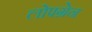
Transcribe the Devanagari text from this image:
लोफ्ग्रेन